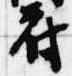
府